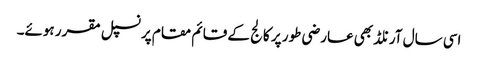
اسی سال آرنلڈ بھی عارضی طور پر کالج کے قائم مقام پرنسپل مقرر ہوئے۔